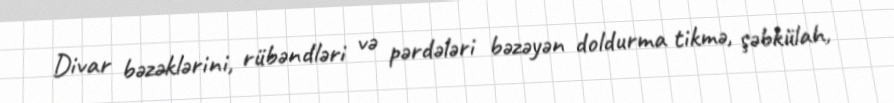
Divar bəzəklərini, rübəndləri və pərdələri bəzəyən doldurma tikmə, şəbkülah,